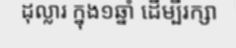
ដុល្លារ ក្នុង១ឆ្នាំ ដើម្បីរក្សា